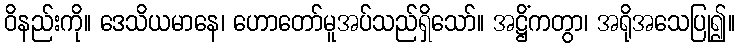
ဝိနည်းကို။ ဒေသိယမာနေ၊ ဟောတော်မူအပ်သည်ရှိသော်။ အဋ္ဌိံကတွာ၊ အရိုအသေပြု၍။